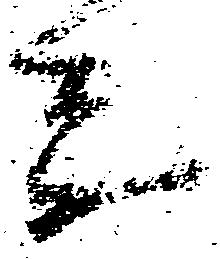
参